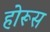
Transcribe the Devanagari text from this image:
होरूस